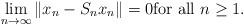
LaTeX: \begin{align*}\lim_{n\rightarrow \infty }\left\Vert x_{n}-S_{n}x_{n}\right\Vert =0\text{for all }n\geq 1. \end{align*}